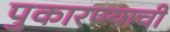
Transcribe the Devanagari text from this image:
पुकारण्याची